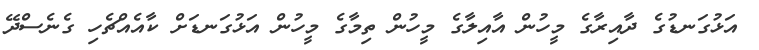
އަޅުގަނޑުގެ ދާއިރާގެ މީހުން އާއިލާގެ މީހުން ތިމާގެ މީހުން އަޅުގަނޑަށް ކާއެއްޗެހި ގެނެސްދޭ